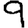
Digit: 9